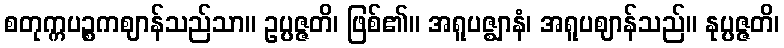
စတုက္ကပဉ္စကဈာန်သည်သာ။ ဥပ္ပဇ္ဇတိ၊ ဖြစ်၏။ အရူပဇ္ဈာနံ၊ အရူပဈာန်သည်။ နုပ္ပဇ္ဇတိ၊